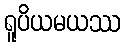
ရူပိယမယဿ